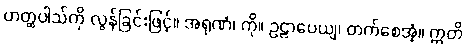
ဟတ္ထပါသ်ကို လွန်ခြင်းဖြင့်။ အရုဏံ၊ ကို။ ဥဠာပေယျ၊ တက်စေအံ့။ ဣတိ